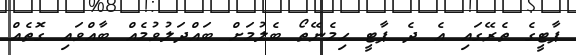
ޕާޓީގެ ތެރޭގައި އެ ދެ ޕާޓީ ހިމެނޭތޯ ބެލުމަށް ބައްދަލުވުމެއް ބާއްވައި ގޮތެއް